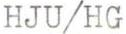
HJU/HG